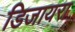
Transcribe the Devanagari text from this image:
डिजायरा